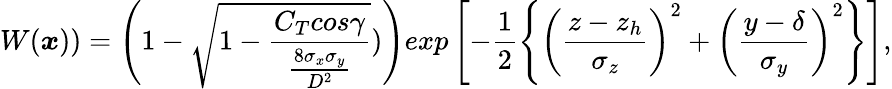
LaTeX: W(\boldsymbol{x}))=\left(1-\sqrt{1-\frac{C_{T}cos\gamma}{\frac{8\sigma_{x}\sigma_{y}}{D^{2}}}})\right)exp\left[-\frac{1}{2}\left\{ \left(\frac{z-z_{h}}{\sigma_{z}}\right)^{2}+\left(\frac{y-\delta}{\sigma_{y}}\right)^{2}\right\} \right],